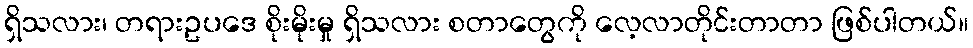
ရှိသလား၊ တရားဥပဒေ စိုးမိုးမှု ရှိသလား စတာတွေကို လေ့လာတိုင်းတာတာ ဖြစ်ပါတယ်။